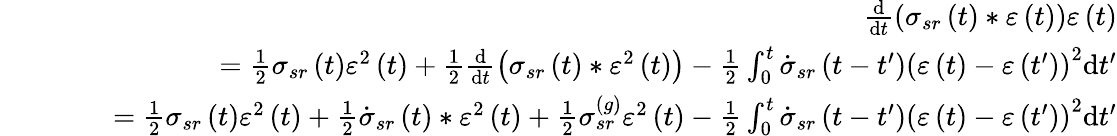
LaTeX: \begin{array}{rlr}&{}&{\frac{\mathrm{d}}{\mathrm{d}t}\left(\sigma_{sr}\left(t\right)\ast\varepsilon\left(t\right)\right)\varepsilon\left(t\right)}\\ &{}&{\qquad=\frac{1}{2}\sigma_{sr}\left(t\right)\varepsilon^{2}\left(t\right)+\frac{1}{2}\frac{\mathrm{d}}{\mathrm{d}t}\left(\sigma_{sr}\left(t\right)\ast\varepsilon^{2}\left(t\right)\right)-\frac{1}{2}\int_{0}^{t}\dot{\sigma}_{sr}\left(t-t^{\prime}\right)\left(\varepsilon\left(t\right)-\varepsilon\left(t^{\prime}\right)\right)^{2}\mathrm{d}t^{\prime}}\\ &{}&{\qquad=\frac{1}{2}\sigma_{sr}\left(t\right)\varepsilon^{2}\left(t\right)+\frac{1}{2}\dot{\sigma}_{sr}\left(t\right)\ast\varepsilon^{2}\left(t\right)+\frac{1}{2}\sigma_{sr}^{\left(g\right)}\varepsilon^{2}\left(t\right)-\frac{1}{2}\int_{0}^{t}\dot{\sigma}_{sr}\left(t-t^{\prime}\right)\left(\varepsilon\left(t\right)-\varepsilon\left(t^{\prime}\right)\right)^{2}\mathrm{d}t^{\prime}}\end{array}